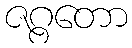
ဇဂ္ဂတော